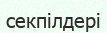
секпілдері